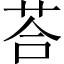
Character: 荅